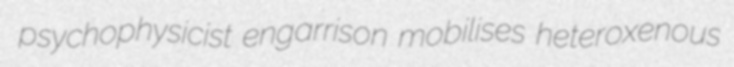
psychophysicist engarrison mobilises heteroxenous